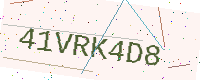
Text: 41VRK4D8